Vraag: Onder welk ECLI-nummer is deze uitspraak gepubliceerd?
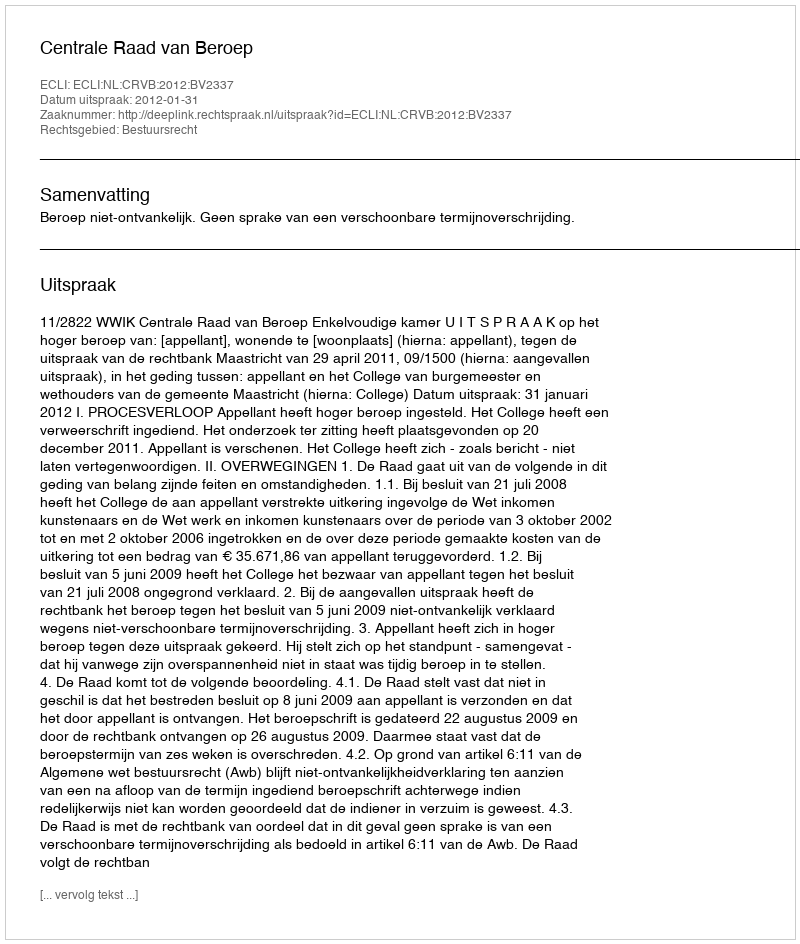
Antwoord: ECLI:NL:CRVB:2012:BV2337